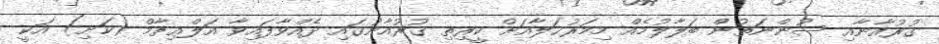
ޤުރުއާނާއި ސުންނަތުން ބަލާލުމެއް މިމަރުޙަލާއަށް ކީރިތި ޤުރުއާނުގައި ދެއްވާފައިވާ އަލްޢިޡާމް (ކަށި) އަކީ